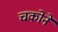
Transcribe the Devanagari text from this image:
चकोने